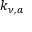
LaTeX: k _ { \nu , a }